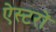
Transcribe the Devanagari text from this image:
ऐस्टरों